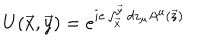
U ( \vec { x } , \vec { y } ) = e ^ { i e \int _ { \vec { x } } ^ { \vec { y } } d z _ { \mu } A ^ { \mu } ( \vec { z } ) }